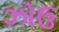
ઝોઉ